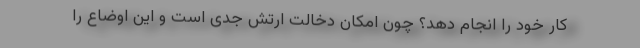
کار خود را انجام دهد؟ چون امکان دخالت ارتش جدی است و این اوضاع را